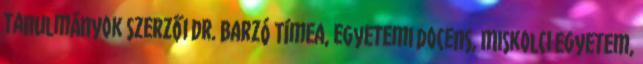
tanulmányok szerzői Dr. Barzó Tímea, egyetemi docens, Miskolci Egyetem,